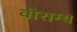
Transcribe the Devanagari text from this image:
वीराग्य